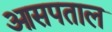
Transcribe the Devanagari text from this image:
आसपताल